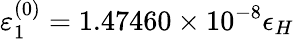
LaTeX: \varepsilon_{1}^{(0)}=1.47460\times 10^{-8}\epsilon_{H}